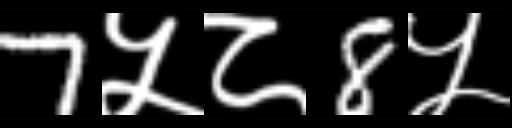
Text: 7५८8५